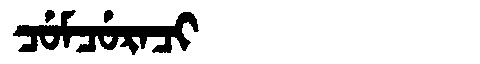
Manchu: ᠴᡠᠮᠴᡠᡵᠠᠴᡳ
Romanization: CUMCURACI